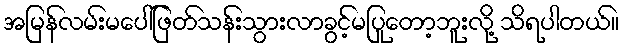
အမြန်လမ်းမပေါ်ဖြတ်သန်းသွားလာခွင့်မပြုတော့ဘူးလို့ သိရပါတယ်။